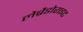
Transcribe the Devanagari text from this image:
लेब्रैडोराइट